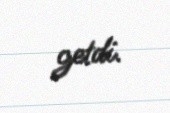
getdi.